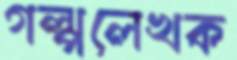
গল্পলেখক